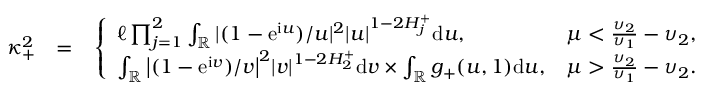
\begin{array} { r l r } { \kappa _ { + } ^ { 2 } } & { = } & { \left\{ \begin{array} { l l } { \ell \prod _ { j = 1 } ^ { 2 } \int _ { \mathbb { R } } | ( 1 - \mathrm e ^ { \mathrm i u } ) / u | ^ { 2 } | u | ^ { 1 - 2 H _ { j } ^ { + } } \mathrm d u , } & { \mu < \frac { \upsilon _ { 2 } } { \upsilon _ { 1 } } - \upsilon _ { 2 } , } \\ { \int _ { \mathbb { R } } \big | ( 1 - \mathrm e ^ { \mathrm i v } ) / v \big | ^ { 2 } | v | ^ { 1 - 2 H _ { 2 } ^ { + } } \mathrm d v \times \int _ { \mathbb { R } } g _ { + } ( u , 1 ) \mathrm d u , } & { \mu > \frac { \upsilon _ { 2 } } { \upsilon _ { 1 } } - \upsilon _ { 2 } . } \end{array} \right. } \end{array}